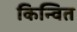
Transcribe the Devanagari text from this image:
किन्वित